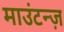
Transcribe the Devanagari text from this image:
माउंटन्ज़